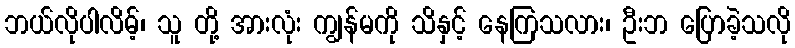
ဘယ်လိုပါလိမ့်၊ သူ တို့ အားလုံး ကျွန်မကို သိနှင့် နေကြသလား၊ ဦးဘ ပြောခဲ့သလို